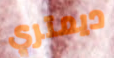
ديمتري